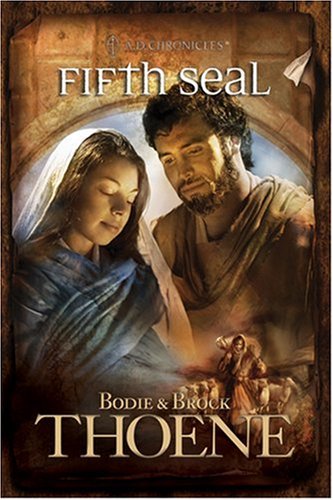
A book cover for Fifth Seal (A. D. Chronicles, Book 5); Bodie Thoene; Religion & Spirituality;